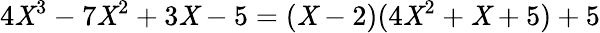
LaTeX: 4\mathit{X}^{3}-7\mathit{X}^{2}+3\mathit{X}-5=(\mathit{X}-2)(4\mathit{X}^{2}+\mathit{X}+5)+5